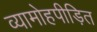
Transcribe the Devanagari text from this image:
व्यामोहपीड़ित